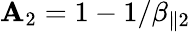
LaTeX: \mathbf{A}_{2}=1-1/\beta_{\parallel2}